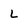
Character: L